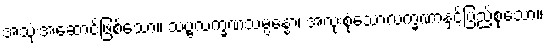
အသုံးအဆောင်ဖြစ်သော။ သဗ္ဗလက္ခဏသမ္ပန္နော၊ အလုံးစုံသောလက္ခဏာနှင့်ပြည့်စုံသော။